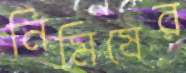
নিমিষের